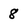
Character: 8